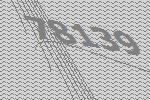
78139